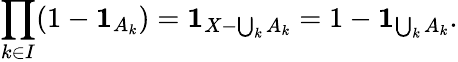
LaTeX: \prod_{k\in I}(1-\mathbf{1}_{A_{k}})=\mathbf{1}_{X-\bigcup_{k}A_{k}}=1-\mathbf{1}_{\bigcup_{k}A_{k}}.